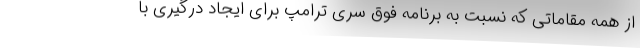
از همه مقاماتی که نسبت به برنامه فوق سری ترامپ برای ایجاد درگیری با